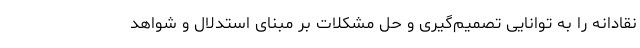
نقادانه را به توانایی تصمیم‌گیری و حل مشکلات بر مبنای استدلال و شواهد